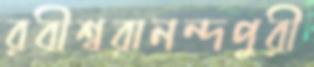
রবীশ্বরানন্দপুরী